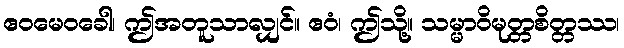
ဧဝမေဝခေါ၊ ဤအတူသာလျှင်။ ဧဝံ၊ ဤသို့။ သမ္မာဝိမုတ္တစိတ္တဿ၊